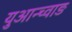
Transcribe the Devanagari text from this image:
युआन्च्वाङ